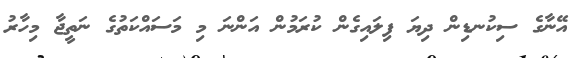
އޭނާގެ ސިކުނޑިން ދިޔަ ފިލައިގެން ކުރަމުން އަންނަ މި މަސައްކަތުގެ ނަތީޖާ މިހާރު